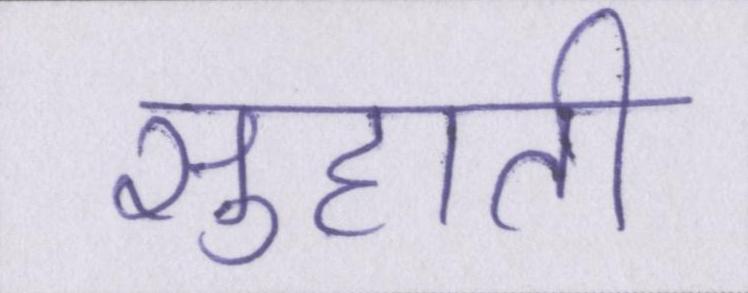
सुहाती